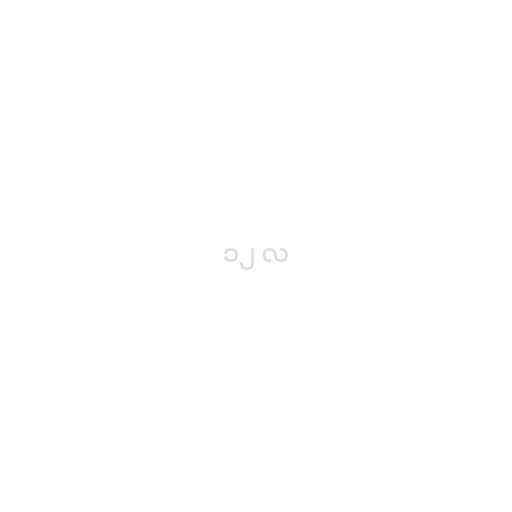
၁၂ လ